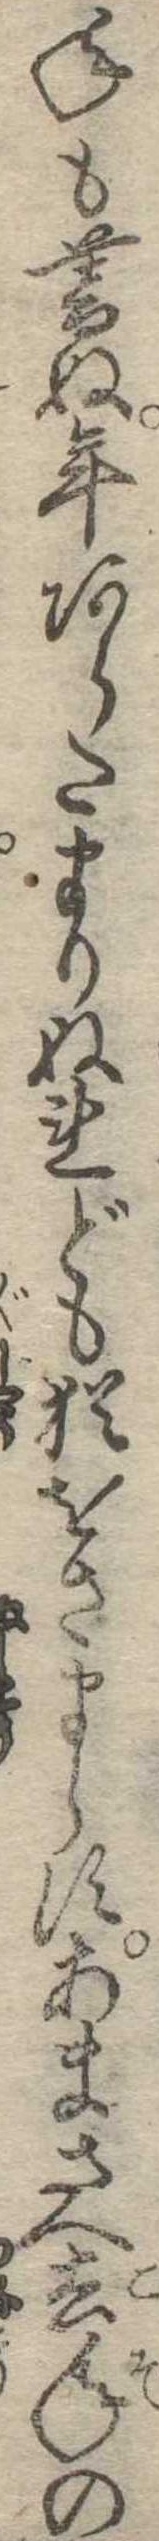
年も暮ぬ年あらたまりぬれども猶をさまらすあまさへ去年の